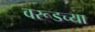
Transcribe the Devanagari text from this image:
वरूडच्या